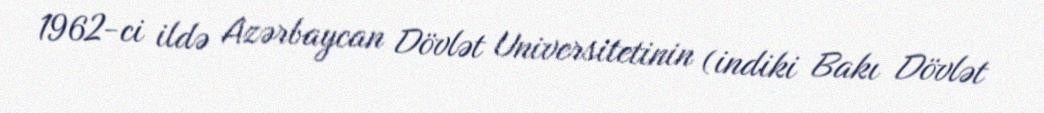
1962-ci ildə Azərbaycan Dövlət Universitetinin (indiki Bakı Dövlət